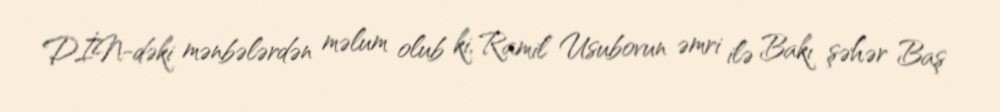
DİN-dəki mənbələrdən məlum olub ki, Ramil Usubovun əmri ilə Bakı şəhər Baş